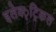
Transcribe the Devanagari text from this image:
इलेक्‍्ट्रिकल